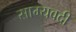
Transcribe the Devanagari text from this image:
साम्यवदी